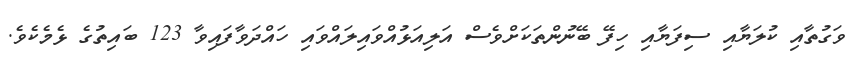
ވަގުތާއި ކުލަޔާއި ސިފަޔާއި ހިފޭ ބޭނުންތަކަށްވެސް އަލިއަޅުއްވައިލައްވައި ހައްދަވާފައިވާ 123 ބައިތުގެ ޅެމެކެވެ.